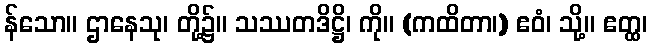
န်သော။ ဌာနေသု၊ တို့၌။ သဿတဒိဋ္ဌိ၊ ကို။ (ကထိတာ၊) ဧဝံ၊ သို့။ ဧတ္ထ၊